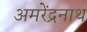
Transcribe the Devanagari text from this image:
अमरेंद्रनाथ